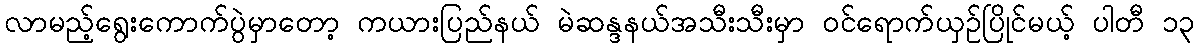
လာမည့်ရွေးကောက်ပွဲမှာတော့ ကယားပြည်နယ် မဲဆန္ဒနယ်အသီးသီးမှာ ဝင်ရောက်ယှဉ်ပြိုင်မယ့် ပါတီ ၁၃